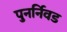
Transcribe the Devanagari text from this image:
पुनर्निवड